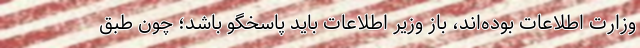
وزارت اطلاعات بوده‌اند، باز وزیر اطلاعات باید پاسخگو باشد؛ چون طبق